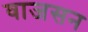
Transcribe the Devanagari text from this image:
वाजसन